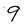
Character: 9